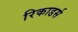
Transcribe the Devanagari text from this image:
रिकाडर्स